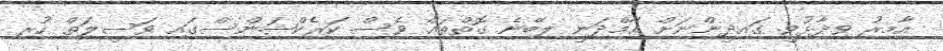
އާމިރު ވިދާޅުވީ ގައިދީންނަށް އާމްދަނީ ލިބޭނެ ގޮތްތައް ވެސް ކަރެކްޝަންސްގައި ވަސީލަތް ހުރި